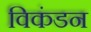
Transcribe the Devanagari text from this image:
विकंडन